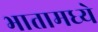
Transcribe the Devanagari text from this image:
भातामध्ये